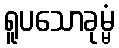
ရူပသောခုမ္မံ